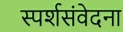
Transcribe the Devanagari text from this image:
स्पर्शसंवेदना